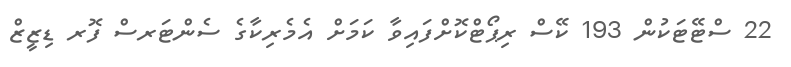
22 ސްޓޭޓަކުން 193 ކޭސް ރިޕޯޓްކޮށްފައިވާ ކަމަށް އެމެރިކާގެ ސެންޓަރސް ފޮރ ޑިޒީޒް